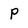
Character: p